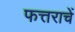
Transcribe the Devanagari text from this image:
फत्तराचें